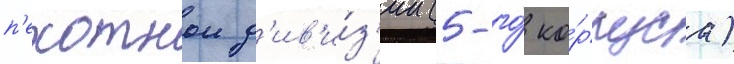
п'ехотнои д'ив'и́з'ии (5-го́ ко́рпуса)